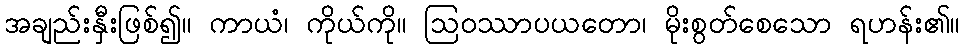
အချည်းနှီးဖြစ်၍။ ကာယံ၊ ကိုယ်ကို။ ဩဝဿာပယတော၊ မိုးစွတ်စေသော ရဟန်း၏။